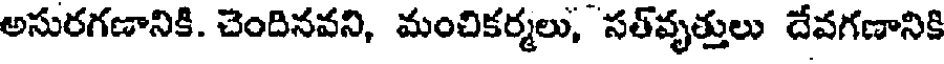
అసురగణానికి. చెందినవని, మంచికర్మలు, సత్వృత్తులు దేవగణానికి